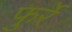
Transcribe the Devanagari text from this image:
फुर्रे